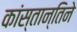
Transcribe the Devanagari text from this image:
कांस्तान्तिने